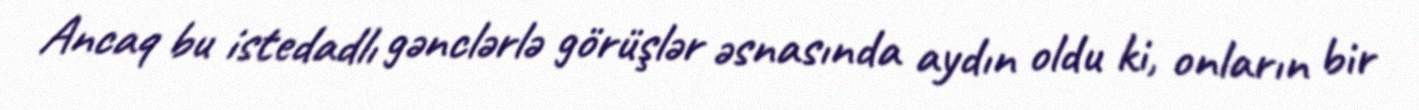
Ancaq bu istedadlı gənclərlə görüşlər əsnasında aydın oldu ki, onların bir